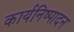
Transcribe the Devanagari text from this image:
कार्यनिष्‍पादन